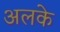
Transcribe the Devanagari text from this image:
अलके